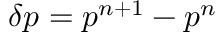
\delta p = p ^ { n + 1 } - p ^ { n }